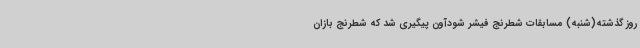
روز گذشته(شنبه) مسابقات شطرنج فیشر شودآون پیگیری شد که شطرنج بازان